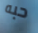
حبه